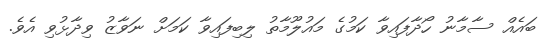
ބައެއް ސާމާނު ހޯދާފައިވާ ކަމުގެ މައުލޫމާތު ލިބިފައިވާ ކަމަށް ނަވާޒު ވިދާޅުވި އެވެ.